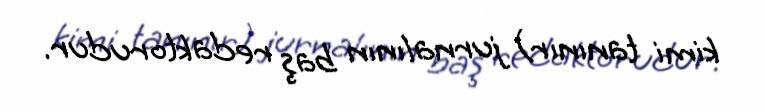
kimi tanınır) jurnalının baş redaktorudur.